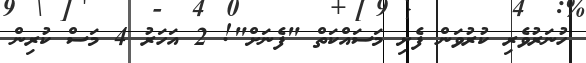
ހުނަރުވެރި ކުރުވަން ފެށި މަސައްކަތް "ފެނަށް"! 2 އަހަރު 4 މަސް ކުރިން